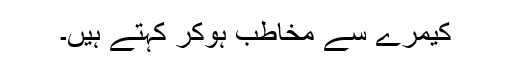
کیمرے سے مخاطب ہوکر کہتے ہیں۔